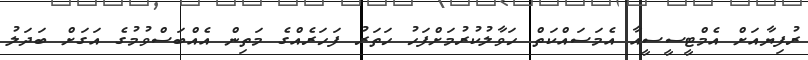
ރުފިޔާއަށް އެމްޓީސީސީއާ އެމަސައްކަތް ހަވާލުކުރުމަށްފަހު ހަތަރު ފަހަރެއްގެ މަތިން އެއްބަސްވުމުގެ އަގަށް ބަދަލު